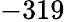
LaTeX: -319